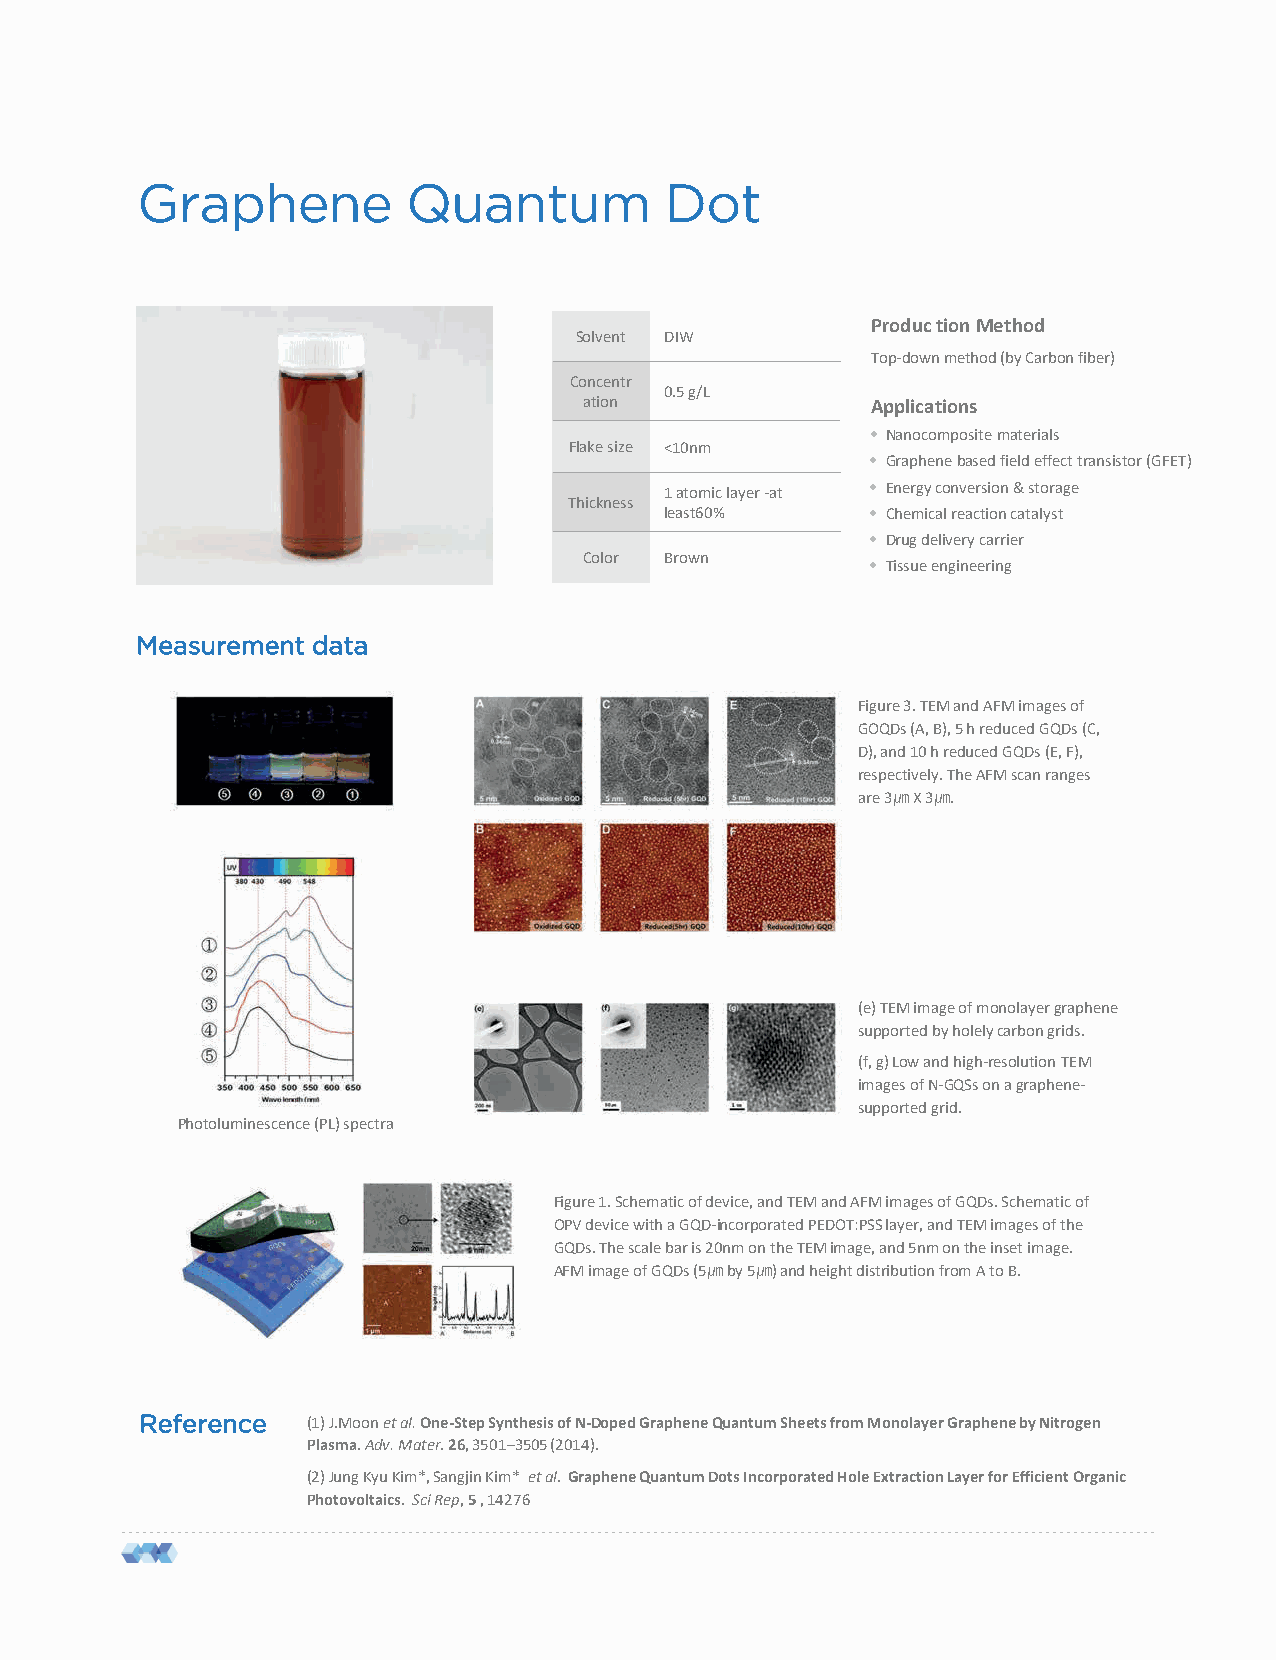
Graphene          Quantum          Dot
 ProductionMethod
 Solvent DIW
 Top-down method (by Carbon fiber)
 Concentr
 0.5 g/L
 ation              Applications
 • Nanocompositematerials
 Flake size <10nm
 • Graphenebased field effect transistor (GFET)
 1atomic layer -at • Energy conversion & storage
 Thickness
 least60%      • Chemical reaction catalyst
 • Drug delivery carrier
 Color Brown
 • Tissue engineering
 Measurement data
 Figure 3. TEM and AFM images of
 GOQDs (A, B), 5 h reduced GQDs (C,
 D), and 10 h reduced GQDs (E, F),
 respectively. The AFM scan ranges
 are 3㎛X 3㎛.
 (e) TEM image of monolayer graphene
 supported by holelycarbon grids.
 (f, g) Low and high-resolution TEM
 images of N-GQSs on a graphene-
 supported grid.
 Photoluminescence (PL) spectra
 Figure 1. Schematic of device, and TEM and AFM images of GQDs. Schematic of
 OPV device with a GQD-incorporated PEDOT:PSS layer, and TEM images of the
 GQDs. The scale bar is 20nm on the TEM image, and 5nm on the inset image.
 AFM image of GQDs (5㎛by 5㎛) and height distribution from A to B.
 Figure 1. Schematic of device, and TEM and AFM images of GQDs.Schematic of OPV device with a GQD-incorporated PEDOT:PSS layer, and
 TEM images of the GQDs. The scale bar is 20nm on the TEM image, and 5nm on the inset image. AFM image of GQDs (5㎛by 5㎛) and height
 distribution from A to B.
 Reference  (1) J.Moonet al. One-Step Synthesis of N-Doped GrapheneQuantum Sheets from Monolayer Grapheneby Nitrogen
 Plasma.Adv. Mater.26, 3501–3505 (2014).
 (2) Jung KyuKim*, SangjinKim* et al. GrapheneQuantum Dots Incorporated Hole Extraction Layer for Efficient Organic
 Photovoltaics. SciRep,5, 14276